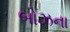
બોઝના